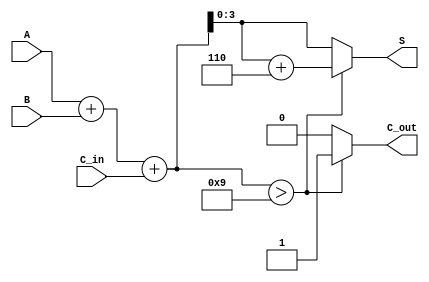
module bcd_adder (
    input  wire [3:0] A,       // First BCD digit
    input  wire [3:0] B,       // Second BCD digit
    input  wire C_in,          // Carry-in
    output reg  [3:0] S,       // Sum output (BCD)
    output reg  C_out          // Carry-out
);

    wire [4:0] binary_sum;     // 5-bit wire to hold the binary sum

    // Binary addition of A, B and C_in
    assign binary_sum = A + B + C_in;

    always @(*) begin
        // Default values for outputs
        S = 4'b0000;
        C_out = 1'b0;

        // Check if the binary sum exceeds the BCD range
        if (binary_sum > 4'd9) begin
            S = binary_sum + 4'd6;  // Correct the result
            C_out = 1'b1;           // Set carry-out
        end else begin
            S = binary_sum[3:0];    // Valid BCD result
            C_out = 1'b0;           // No carry-out
        end
    end
endmodule